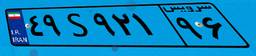
۰۳S۶۱۰۱۳